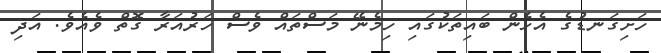
ހަށިގަނޑުގެ އެހެން ބައިތަކުގައި ހިމެނޭ މަސްތައް ވެސް ހަރުއަރާ ގޮތް ވެއެވެ. އަދި